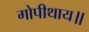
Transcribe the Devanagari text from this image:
गोपीथाय॥